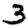
Digit: 3